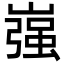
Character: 嵹